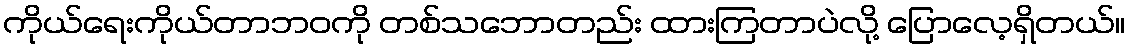
ကိုယ်ရေးကိုယ်တာဘဝကို တစ်သဘောတည်း ထားကြတာပဲလို့ ပြောလေ့ရှိတယ်။